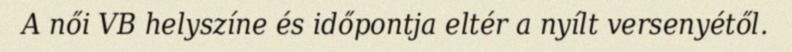
A női VB helyszíne és időpontja eltér a nyílt versenyétől.